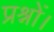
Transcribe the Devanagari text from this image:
प्रश्नों।